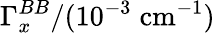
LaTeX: \Gamma_{x}^{BB}/(10^{-3}\; \mathrm{cm}^{-1})